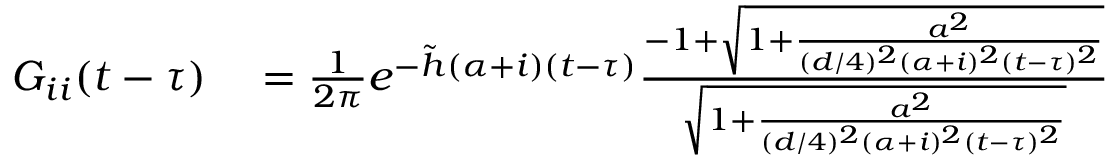
\begin{array} { r l } { G _ { i i } ( t - \tau ) } & { { } = \frac { 1 } { 2 \pi } e ^ { - \tilde { h } ( \alpha + i ) ( t - \tau ) } \frac { - 1 + \sqrt { 1 + \frac { a ^ { 2 } } { ( d / 4 ) ^ { 2 } ( \alpha + i ) ^ { 2 } ( t - \tau ) ^ { 2 } } } } { \sqrt { 1 + \frac { a ^ { 2 } } { ( d / 4 ) ^ { 2 } ( \alpha + i ) ^ { 2 } ( t - \tau ) ^ { 2 } } } } } \end{array}